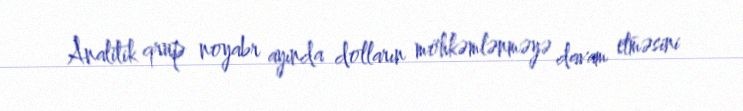
Analitik qrup noyabr ayında dolların möhkəmlənməyə davam etməsini